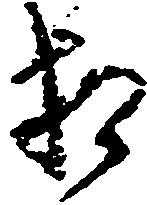
相